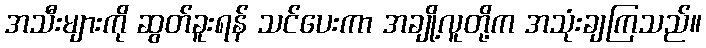
အသီးများကို ဆွတ်ခူးရန် သင်ပေးကာ အချို့လူတို့က အသုံးချကြသည်။